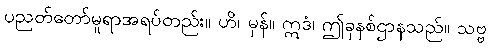
ပညတ်တော်မူရာအရပ်တည်း။ ဟိ၊ မှန်။ ဣဒံ၊ ဤခုနစ်ဌာနသည်။ သဗ္ဗ